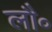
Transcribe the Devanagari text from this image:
लौ॰